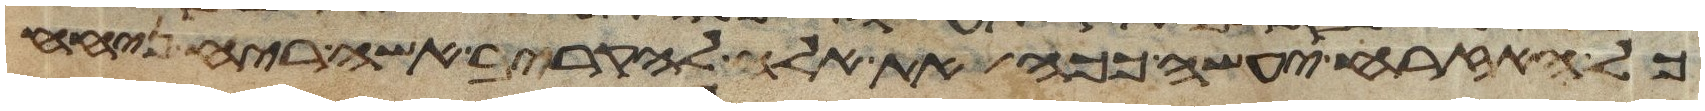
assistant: כל האזרח יעשה ככה את אלה להקריב אשה ריח ניחח